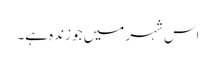
اس شہر میں جو زندہ ہے۔